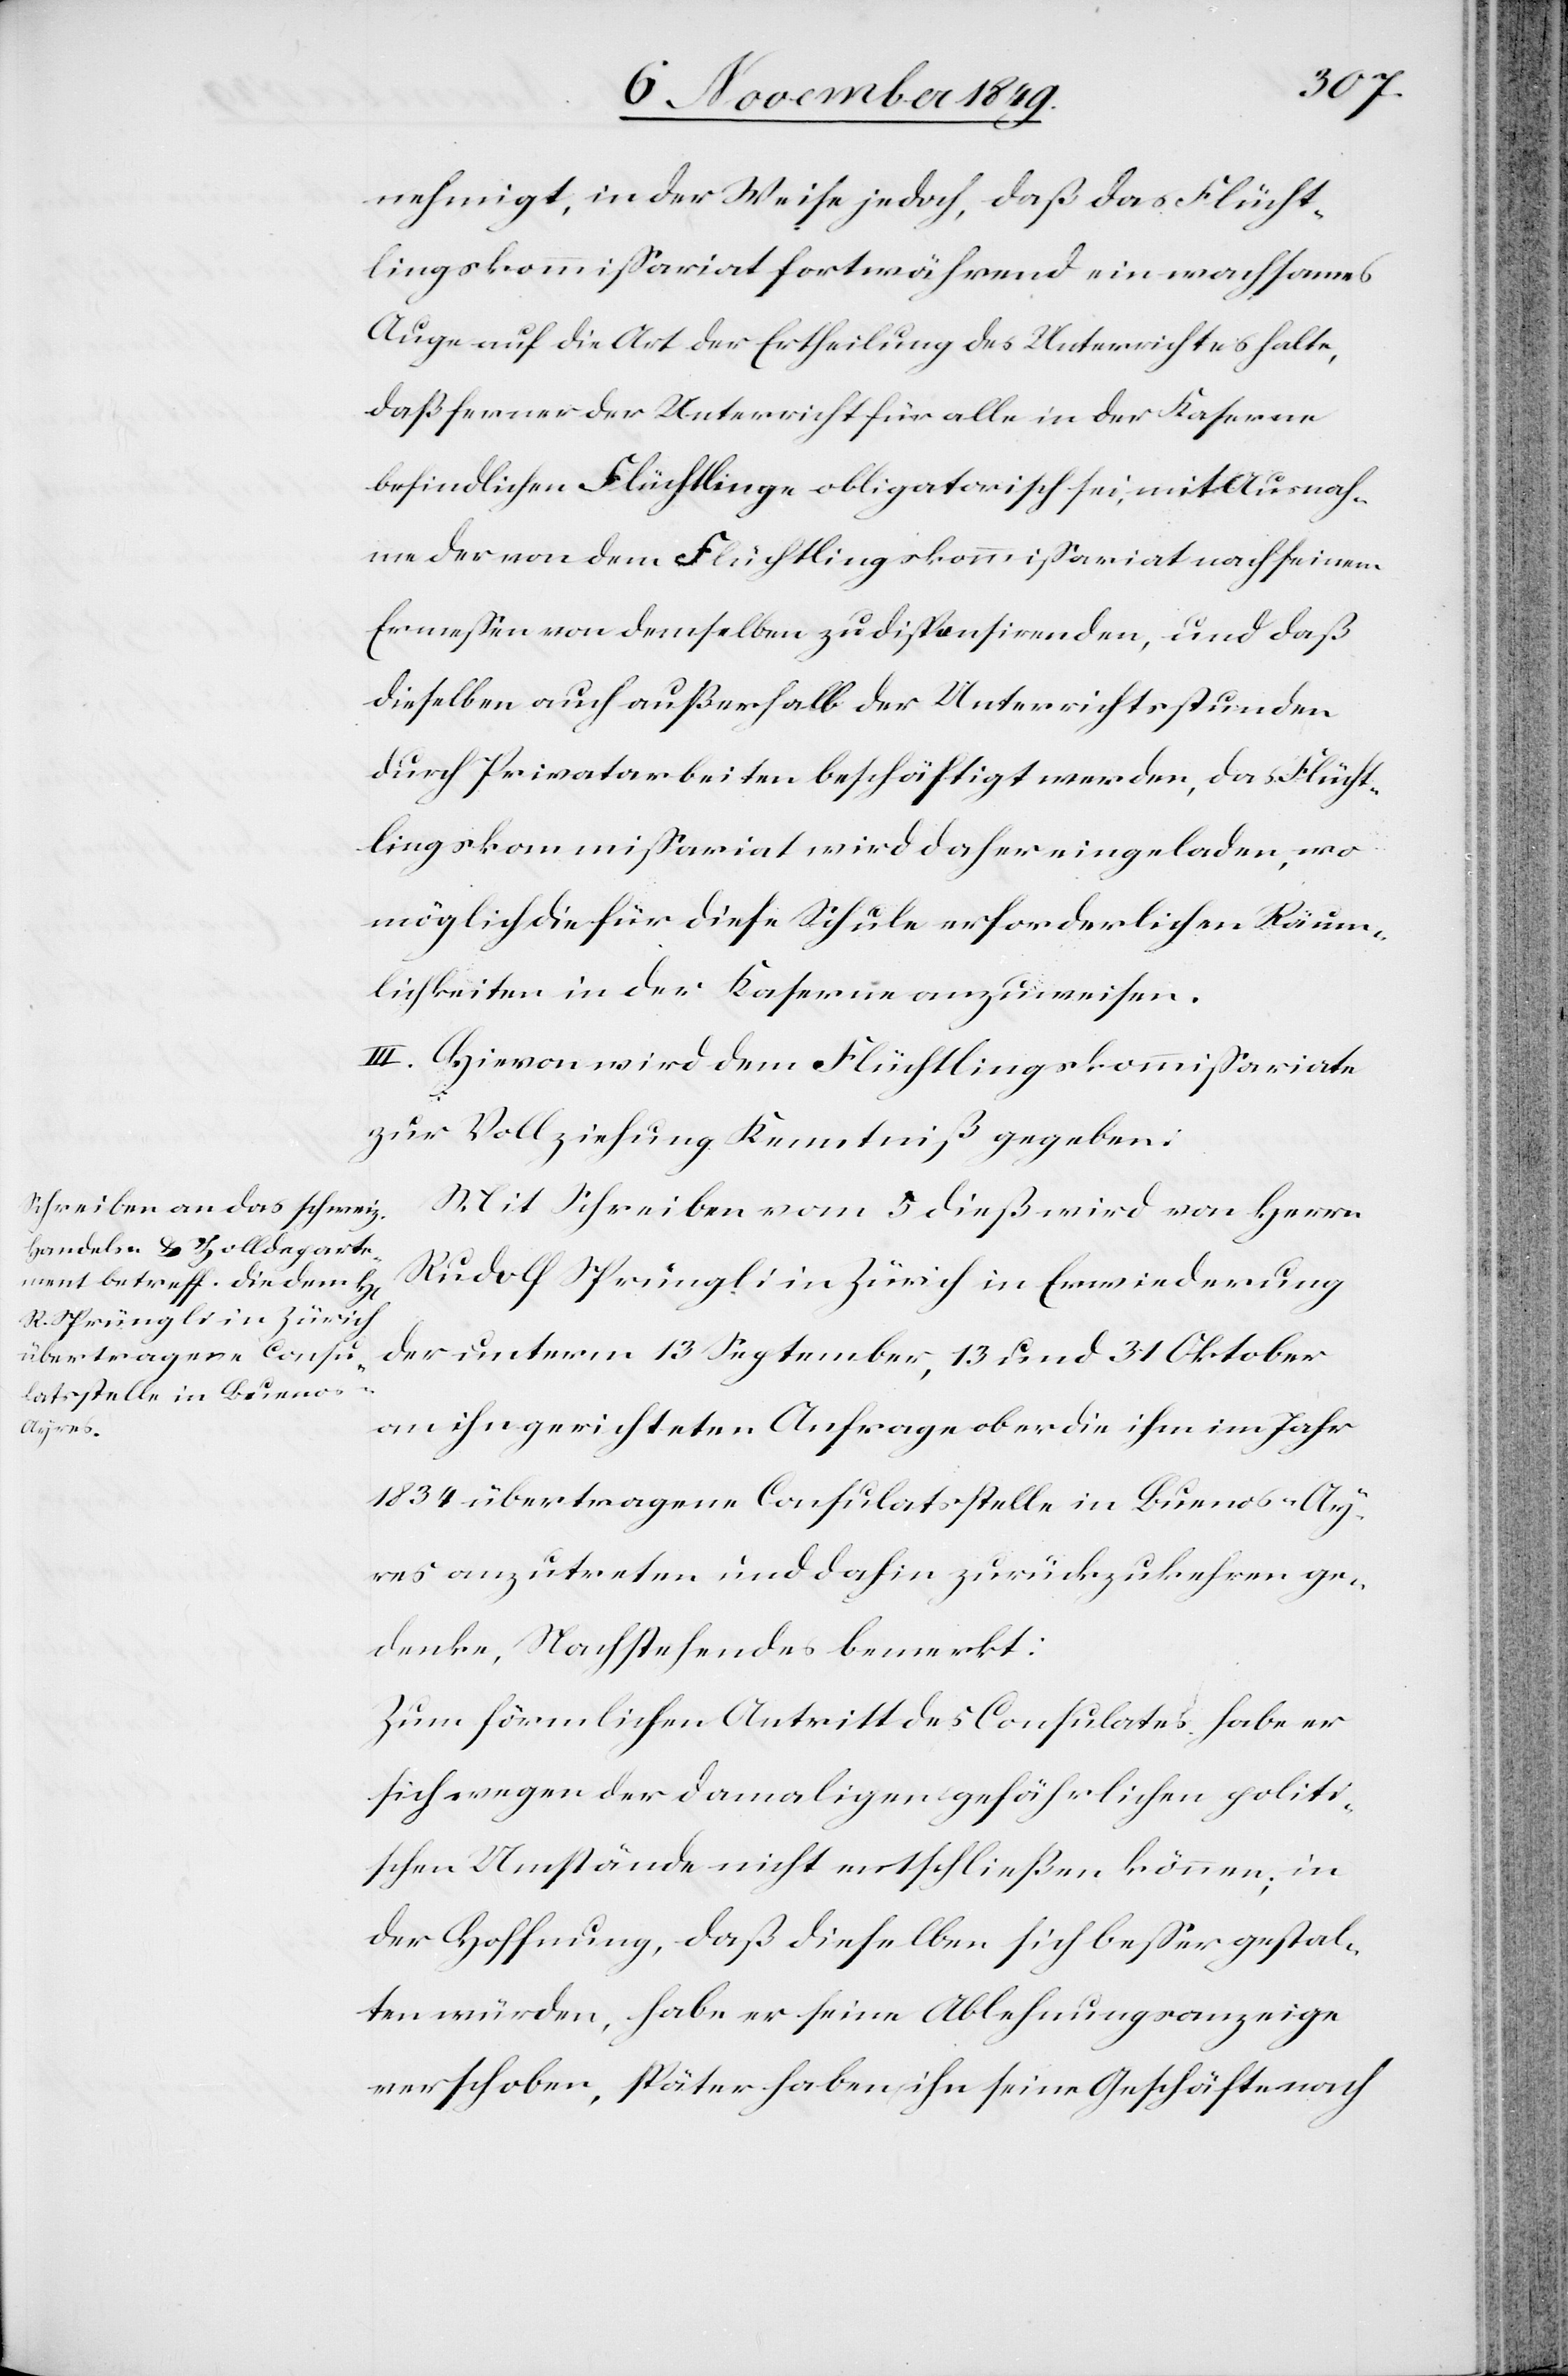
nehmigt, in der Weise jedoch, daß das Flücht¬
lingskommißariat fortwährend ein wachsames
Auge auf die Art der Ertheilung des Unterrichtes halte,
daß ferner der Unterricht für alle in der Kaserne
befindlichen Flüchtlinge obligatorisch sei, mit Ausnah¬
me der von dem Flüchtlingskommißariat nach seinem
Ermeßen von demselben zu dispensirenden, und daß
dieselbe auch außerhalb der Unterrichtsstunden
durch Privatarbeiten beschäftigt werden, das Flücht¬
lingskommißariat wird daher eingeladen, wo¬
möglich die für diese Schule erforderlichen Räum¬
lichkeiten in der Kaserne anzuweisen.
III. Hievon wird dem Flüchtlingskommißariate
zur Vollziehung Kenntniß gegeben.
Mit Schreiben vom 5 dieß wird von Herrn
Rudolf Sprüngli in Zürich in Erwiederung
der unterm 13 September, 13 und 31 Oktober
an ihn gerichteten Anfrage ob er die ihm im Jahr
1834 übertragene Consulatsstelle in Buenos-Ay¬
res anzutreten und dahin zurückzukehren ge¬
denke, Nachstehendes bemerkt:
Zum förmlichen Antritt des Consulates habe er
sich wegen der damaligen gefährlichen politi¬
schen Umstände nicht entschließen können; in
der Hoffnung, daß dieselben sich beßer gestal¬
ten würden, habe er seine Ablehnungsanzeige
verschoben, später haben ihn seine Geschäfte nach